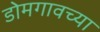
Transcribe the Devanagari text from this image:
डोमगावच्या